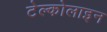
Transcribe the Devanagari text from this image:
टेल्कोलाइन